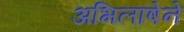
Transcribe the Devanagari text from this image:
अभिलाषेने